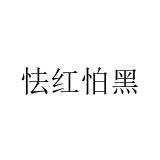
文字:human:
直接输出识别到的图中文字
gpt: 怯红怕黑